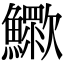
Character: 𣤿